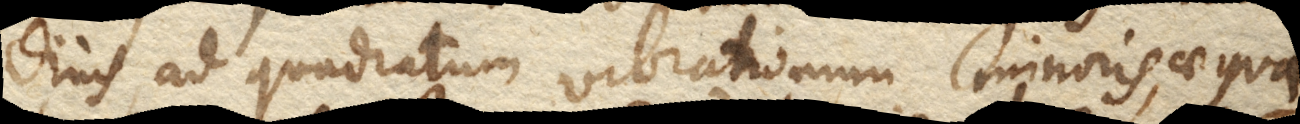
dinis, ad quadratum vibrationum minoris, aequa–